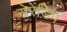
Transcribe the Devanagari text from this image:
सेरेंडिप